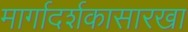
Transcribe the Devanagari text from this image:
मार्गादर्शकासारखा